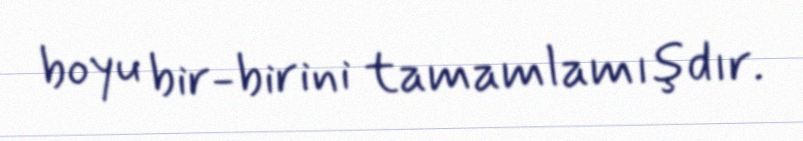
boyu bir-birini tamamlamışdır.